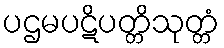
ပဌမပဋိပတ္တိသုတ္တံ